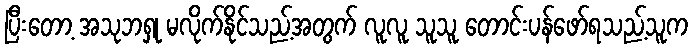
ပြီးတော့ အသုဘရှု မလိုက်နိုင်သည့်အတွက် လူလူ သူသူ တောင်းပန်ဖော်ရသည့်သူက